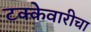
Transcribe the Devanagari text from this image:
टक्केवारीचा